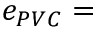
e _ { P V C } =